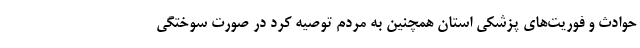
حوادث و فوریت‌های پزشکی استان همچنین به مردم توصیه کرد در صورت سوختگی